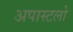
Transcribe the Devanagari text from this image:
अपास्टलो